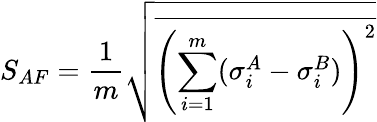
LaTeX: S_{AF}=\frac{1}{m}\sqrt{\overline{{{\left(\sum_{i=1}^{m}(\sigma_{i}^{A}-\sigma_{i}^{B})\right)}^{2}}}}